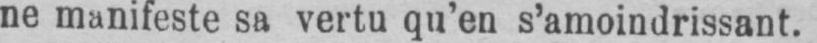
ne manifeste sa vertu qu’en s’amoindrissant.